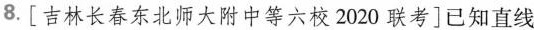
8.[吉林长春东北师大附中等六校2020联考]已知直线